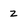
Character: z